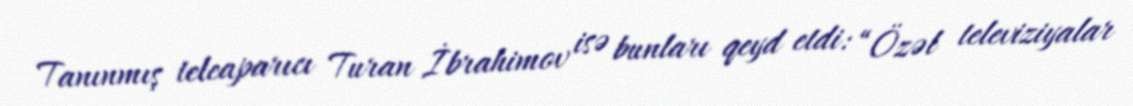
Tanınmış teleaparıcı Turan İbrahimov isə bunları qeyd etdi: “Özəl televiziyalar